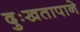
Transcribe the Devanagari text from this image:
दुःखतापाने